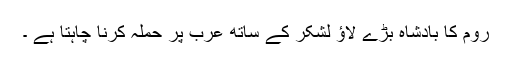
روم کا بادشاہ بڑے لاؤ لشکر کے ساتھ عرب پر حملہ کرنا چاہتا ہے ۔